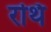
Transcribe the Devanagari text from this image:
रथि